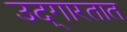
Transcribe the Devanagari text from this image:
उद्‌गारतात